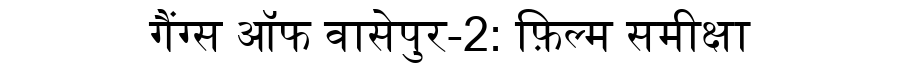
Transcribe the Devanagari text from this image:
गैंग्स ऑफ वासेपुर-2: फ़िल्म समीक्षा